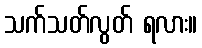
သက်သတ်လွတ် ရလား။